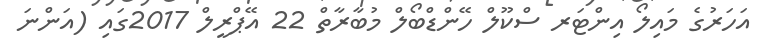
އަހަރުގެ މައިލޯ އިންޓަރ ސްކޫލް ހޭންޑްބޯލް މުބާރާތް 22 އޭޕްރީލް 2017ގައި (އަންނަ